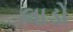
લાડો